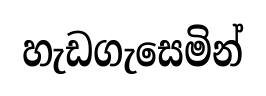
හැඩගැසෙමින්